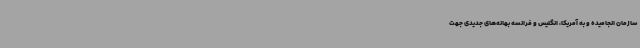
سازمان انجامیده و به آمریکا، انگلیس و فرانسه بهانه‌های جدیدی جهت